Tezpur Lunatic Asylum reports 1895-1904 - 1895-1904
Year: 1895
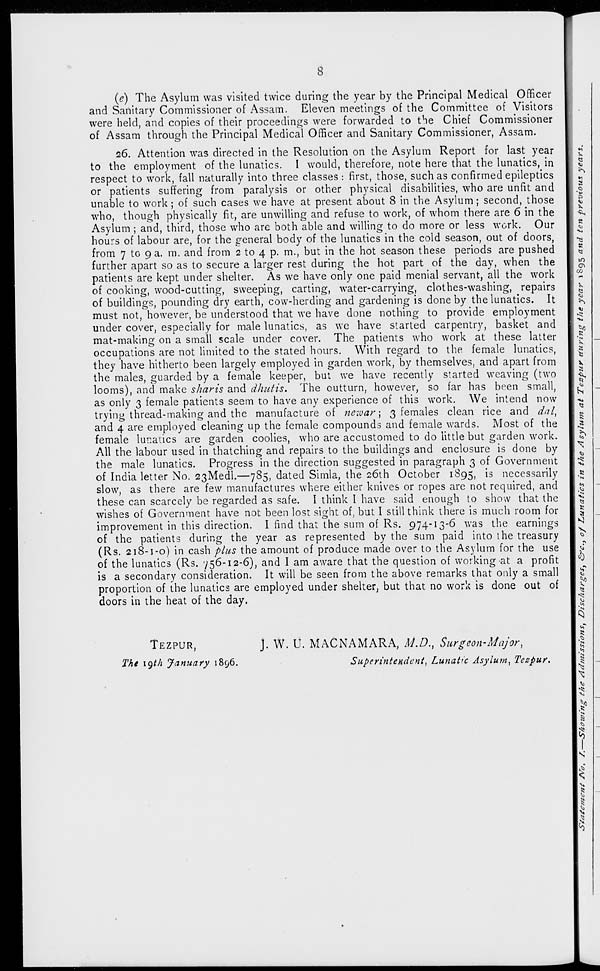
8
(e) The Asylum was visited twice during the year by the Principal Medical Officer
and Sanitary Commissioner of Assam. Eleven meetings of the Committee of Visitors
were held, and copies of their proceedings were forwarded to the Chief Commissioner
of Assam through the Principal Medical Officer and Sanitary Commissioner, Assam.
26. Attention was directed in the Resolution on the Asylum Report for last year
to the employment of the lunatics. I would, therefore, note here that the lunatics, in
respect to work, fall naturally into three classes: first, those, such as confirmed epileptics
or patients suffering from paralysis or other physical disabilities, who are unfit and
unable to work ; of such cases we have at present about 8 in the Asylum; second, those
who, though physically fit, are unwilling and refuse to work, of whom there are 6 in the
Asylum ; and, third, those who are both able and willing to do more or less work. Our
hours of labour are, for the general body of the lunatics in the cold season, out of doors,
from 7 to 9 a. m. and from 2 to 4 p. m., but in the hot season these periods are pushed
further apart so as to secure a larger rest during the hot part of the day, when the
patients are kept under shelter. As we have only one paid menial servant, all the work
of cooking, wood-cutting, sweeping, carting, water-carrying, clothes-washing, repairs
of buildings, pounding dry earth, cow-herding and gardening is done by the lunatics. It
must not, however, be understood that we have done nothing to provide employment
under cover, especially for male lunatics, as we have started carpentry, basket and
mat-making on a small scale under cover. The patients who work at these latter
occupations are not limited to the stated hours. With regard to the female lunatics,
they have hitherto been largely employed in garden work, by themselves, and apart from
the males, guarded by a female keeper, but we have recently started weaving (two
looms), and make sharis and dhutis. The outturn, however, so far has been small,
as only 3 female patients seem to have any experience of this work. We intend now
trying thread-making and the manufacture of newar; 3 females clean rice and dal,
and 4 are employed cleaning up the female compounds and female wards. Most of the
female lunatics are garden coolies, who are accustomed to do little but garden work.
All the labour used in thatching and repairs to the buildings and enclosure is done by
the male lunatics. Progress in the direction suggested in paragraph 3 of Government
of India letter No. 23Medl.—785, dated Simla, the 26th October 1895, is necessarily
slow, as there are few manufactures where either knives or ropes are not required, and
these can scarcely be regarded as safe. I think I have said enough to show that the
wishes of Government have not been lost sight of, but I still think there is much room for
improvement in this direction. I find that the sum of Rs. 974-13-6 was the earnings
of the patients during the year as represented by the sum paid into the treasury
(Rs. 218-1-0) in cash plus the amount of produce made over to the Asylum for the use
of the lunatics (Rs. 756-12-6), and I am aware that the question of working at a profit
is a secondary consideration. It will be seen from the above remarks that only a small
proportion of the lunatics are employed under shelter, but that no work is done out of
doors in the heat of the day.
TEZPUR,
The igth January 1896.
J. W. U. MACNAMARA, M.D., Surgeon-Major,
Superintendent, Lunatic Asylum, Tezpur.